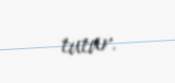
tutur.